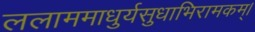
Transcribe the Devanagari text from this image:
ललाममाधुर्यसुधाभिरामकम्।